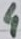
Text: 4